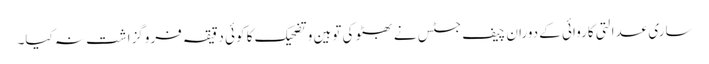
ساری عدالتی کاروائی کے دوران چیف جسٹس نے بھٹو کی توہین و تضحیک کا کوئی دقیقہ فروگزاشت نہ کیا۔